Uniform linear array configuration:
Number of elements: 16
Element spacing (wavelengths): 0.5
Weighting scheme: hann
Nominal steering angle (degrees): -45
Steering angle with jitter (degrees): -43.251
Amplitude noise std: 0.05
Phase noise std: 0.05

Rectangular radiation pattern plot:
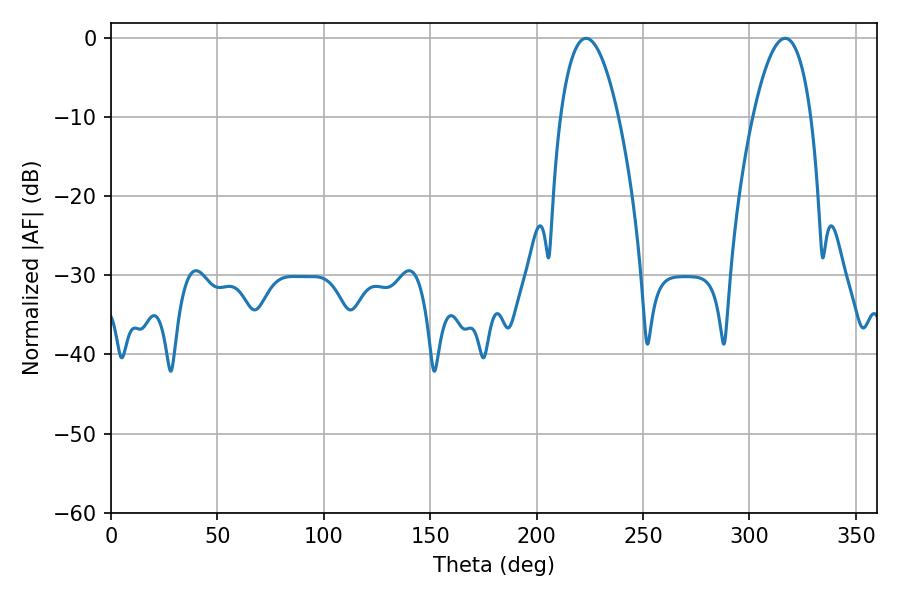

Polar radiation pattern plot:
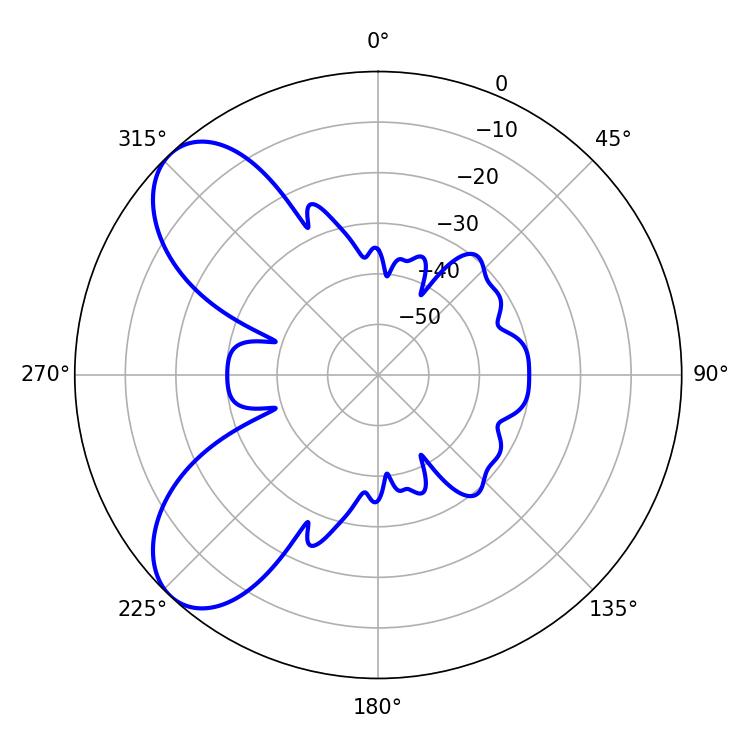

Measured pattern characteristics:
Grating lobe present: FALSE
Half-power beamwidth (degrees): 15.12
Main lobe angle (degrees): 223.2